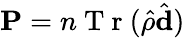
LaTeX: \textbf{P}=n\mathrm{~T~r~}(\hat{\rho}\hat{\textbf{d}})